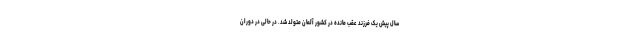
سال پیش یک فرزند عقب مانده در کشور آلمان متولد شد. در حالی در دوران